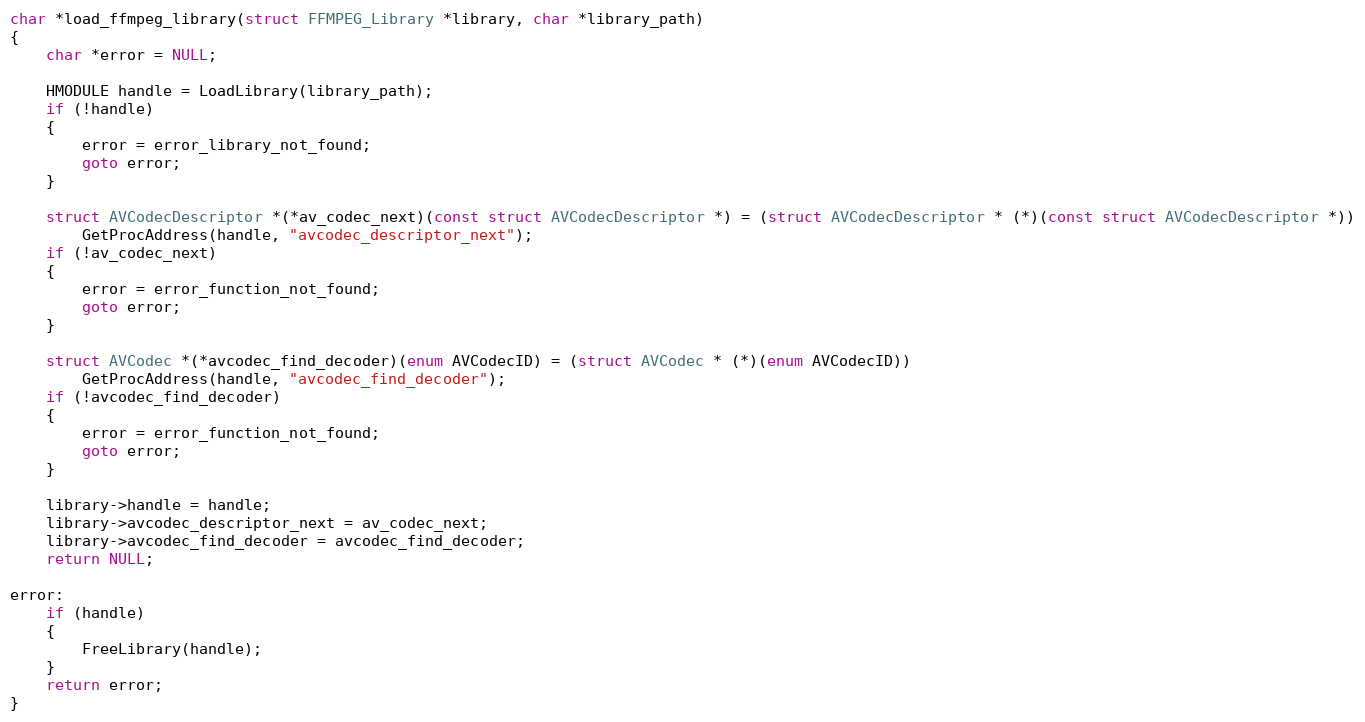
Language: C
char *load_ffmpeg_library(struct FFMPEG_Library *library, char *library_path)
{
    char *error = NULL;

    HMODULE handle = LoadLibrary(library_path);
    if (!handle)
    {
        error = error_library_not_found;
        goto error;
    }

    struct AVCodecDescriptor *(*av_codec_next)(const struct AVCodecDescriptor *) = (struct AVCodecDescriptor * (*)(const struct AVCodecDescriptor *))
        GetProcAddress(handle, "avcodec_descriptor_next");
    if (!av_codec_next)
    {
        error = error_function_not_found;
        goto error;
    }

    struct AVCodec *(*avcodec_find_decoder)(enum AVCodecID) = (struct AVCodec * (*)(enum AVCodecID))
        GetProcAddress(handle, "avcodec_find_decoder");
    if (!avcodec_find_decoder)
    {
        error = error_function_not_found;
        goto error;
    }

    library->handle = handle;
    library->avcodec_descriptor_next = av_codec_next;
    library->avcodec_find_decoder = avcodec_find_decoder;
    return NULL;

error:
    if (handle)
    {
        FreeLibrary(handle);
    }
    return error;
}